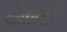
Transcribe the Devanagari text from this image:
वेल्लालों